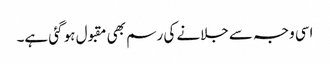
اسی وجہ سے جلانے کی رسم بھی مقبول ہو گئی ہے۔